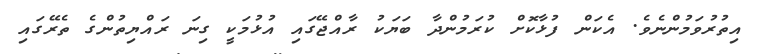
އިތުރުވަމުންނެވެ. އެކަން ފުޅާކޮށް ކުރަމުންދާ ބަޔަކު ރާއްޖޭގައި އުޅުމަކީ ގިނަ ރައްޔިތުންގެ ތެރޭގައި